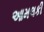
આમલકી